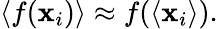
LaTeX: \begin{array}{r}{\langle f(\mathbf{x}_{i})\rangle\approx f(\langle\mathbf{x}_{i}\rangle).}\end{array}